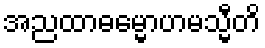
အညထာဓမ္မောဟမသ္မီတိ